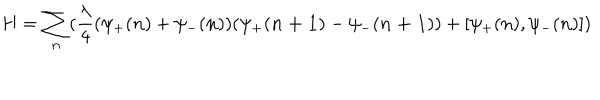
H = \sum _ { \bf n } ( \frac { \lambda } { 4 } ( \psi _ { + } ( { \bf n } ) + \psi _ { - } ( { \bf n } ) ) ( \psi _ { + } ( { \bf n + 1 } ) - \psi _ { - } ( { \bf n + 1 } ) ) + [ \psi _ { + } ( { \bf n } ) , \psi _ { - } ( { \bf n } ) ] )